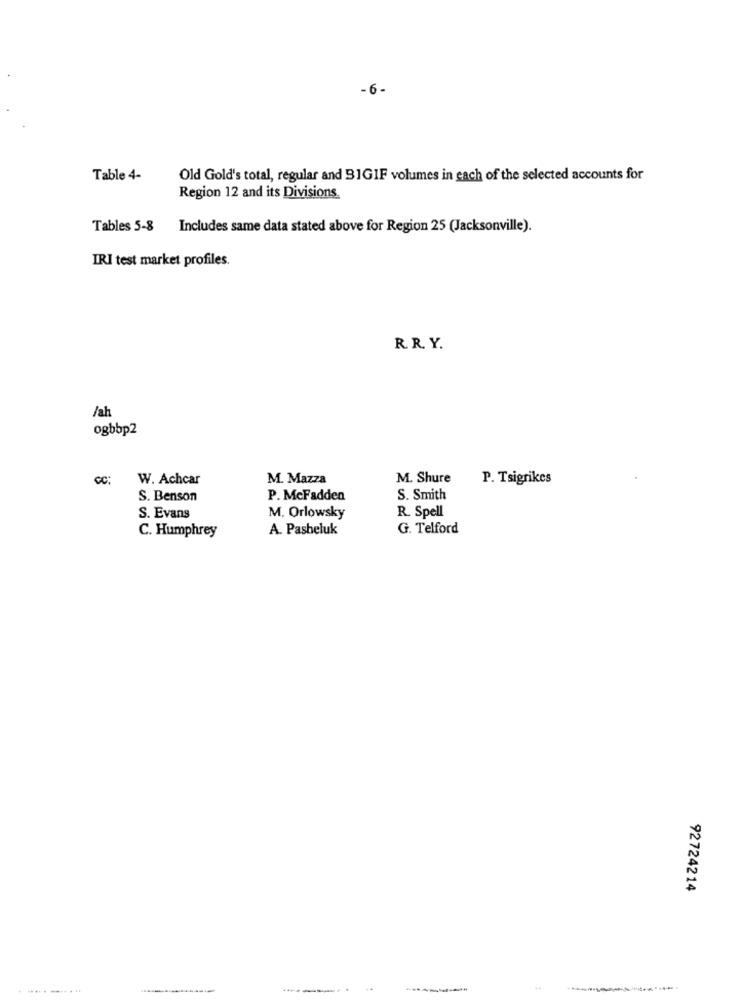
-6-
Table 4-
Old Gold's total, regular and 31GIF volumes in each of the selected accounts for
Region 12 and its Divisions.
Tables 5-8 Includes same data stated above for Region 25 (Jacksonville).
IRI test market profiles.
R. R. Y.
Jah
ogbbp2
cc: W. Achcar
M. Mazza
M. Shure
P. Tsigrikes
S. Benson
P. McFadden
S. Smith
S. Evans
M. Orlowsky
R. Spell
A. Pasbeluk
G. Telford
C. Humphrey
92724214
-----.. ..
---..